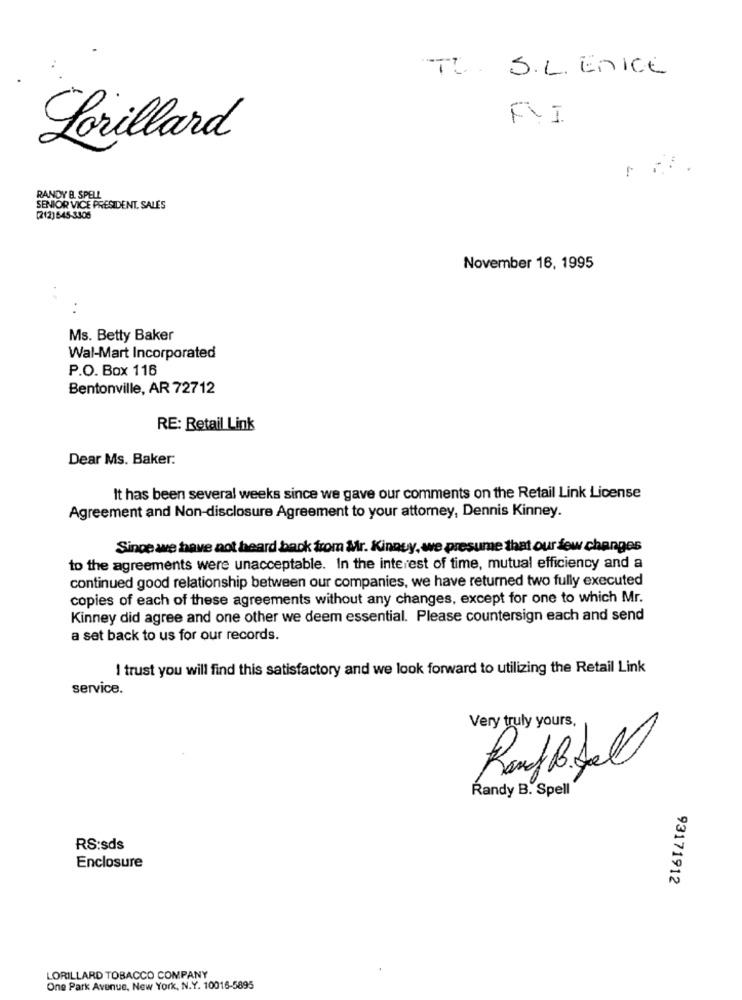
TL . S.L. EnICE
FYI
Lorillard
RANDY B. SPELL
SENIOR VICE PRESIDENT. SALES
[212)545-3305
November 16, 1995
Ms. Betty Baker
Wal-Mart Incorporated
P.O. Box 116
Bentonville, AR 72712
RE: Retail Link
Dear Ms. Baker:
It has been several weeks since we gave our comments on the Retail Link License
Agreement and Non-disclosure Agreement to your attorney, Dennis Kinney.
Since we have not heard back from Mr. Kinney, we presume that our few changes
to the agreements were unacceptable. In the interest of time, mutual efficiency and a
continued good relationship between our companies, we have returned two fully executed
copies of each of these agreements without any changes, except for one to which Mr.
Kinney did agree and one other we deem essential. Please countersign each and send
a set back to us for our records.
I trust you will find this satisfactory and we look forward to utilizing the Retail Link
service.
Very truly yours,
RaufBifall
Randy B. Spell
RS:sds
Enclosure
93171912
LORILLARD TOBACCO COMPANY
One Park Avenue, New York, N.Y. 10016-5895